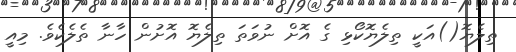
ތިލެޔޮ()އަކީ ތިލެޔޮކޯޅި ގެ އޮށް ނުވަތަ ތިލެޔޮ އޮށުން ހާނާ ތެލެކެވެ. މިއީ